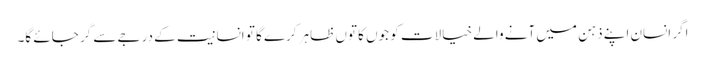
اگر انسان اپنے ذہن میں آنے والے خیالات کو جوں کا توں ظاہر کرے گا تو انسانیت کے درجے سے گر جائے گا۔